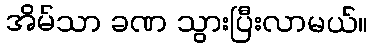
အိမ်သာ ခဏ သွားပြီးလာမယ်။